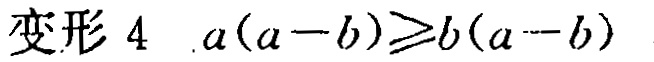
变形 4 \(a(a - b)\geqslant b(a - b)\)